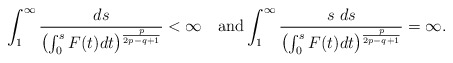
\begin{align*}\int_{1}^{\infty}\frac{ds}{\left(\int_{0}^{s}F(t)dt\right)^{\frac{p}{2p-q+1}}} <\infty\quad\mbox{and} \int_{1}^{\infty}\frac{s\ ds}{\left(\int_{0}^{s}F(t)dt\right)^{\frac{p}{2p-q+1}}}=\infty.\end{align*}